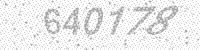
Solution: 640178